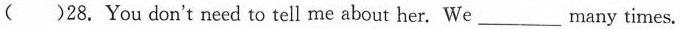
( )28.You don't need to tell me about her. We___many times.